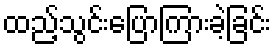
ထည့်သွင်းပြောကြားခဲ့ခြင်း